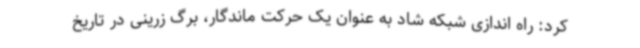
کرد: راه اندازی شبکه شاد به عنوان یک حرکت ماندگار، برگ زرینی در تاریخ